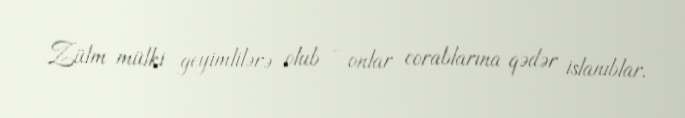
Zülm mülki geyimlilərə olub - onlar corablarına qədər islanıblar.